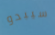
سيبدو